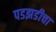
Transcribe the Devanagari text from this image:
पडझडीचा